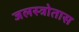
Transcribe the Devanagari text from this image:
जलस्त्रोतास